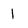
Character: 1